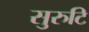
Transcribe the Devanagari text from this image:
सुरुटि